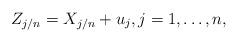
LaTeX: \begin{align*}Z_{j/n} = X_{j/n} + u_j, j = 1, \ldots, n,\end{align*}